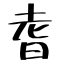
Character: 耆